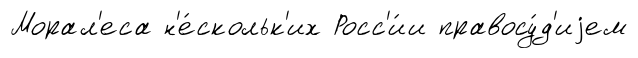
Морал'еса н'е́скольк'их Росс'и́и правосу́д'иjем